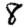
Digit: 8